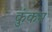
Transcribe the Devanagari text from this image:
कुंकम